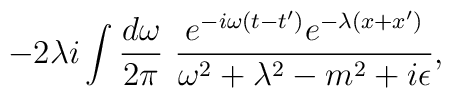
-2\lambda i \int\frac{d\omega}{2\pi}\,\,  \frac{e^{-i\omega (t-t^\prime )}e^{-\lambda(x+x^\prime)}}{\omega^2+\lambda^2-m^2+i\epsilon},